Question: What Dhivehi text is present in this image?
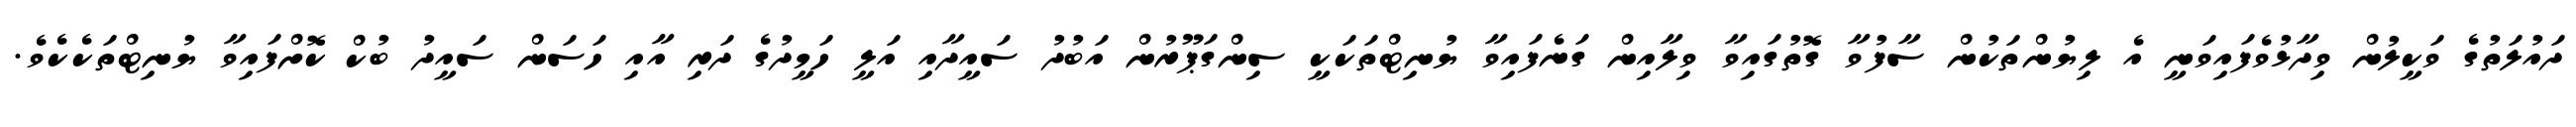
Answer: ދައުލަތުގެ ވަކީލުން ވިދާޅުވެފައިވަނީ އެ ލިޔުންތަކުން ސާފުވާ ގޮތުގައިވާ ވިލާއިން ގަނެފައިވާ ޔުނިޓްތަކަކީ ސިންގަޕޫރުން އަބުދު ސައީދާއި އަލީ ހަމީދުގެ ދަރި އާއި ހަސަން ސައީދު ބުކް ކޮށްފައިވާ ޔުނިޓްތަކެކެވެ.